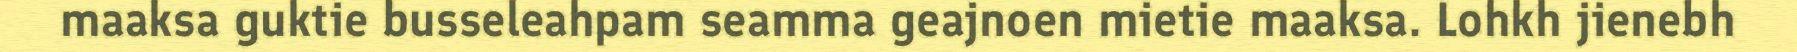
maaksa guktie busseleahpam seamma geajnoen mietie maaksa. Lohkh jienebh